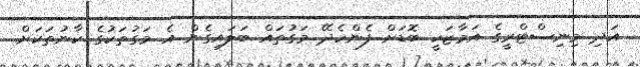
އަދި މިނިސްޓްރީގެ އަމާޒަކީ ބޮޑަށް ފެންހެދޭ މަގުތައް ބަލައިގެން އެ މަގުތަކުގެ ކާނުތަކަށް